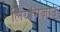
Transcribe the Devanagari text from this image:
लियांगज़ाउ